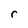
Character: r